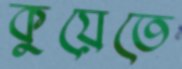
কুয়েতে